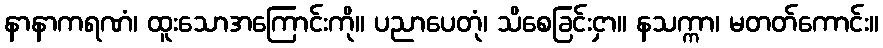
နာနာကရဏံ၊ ထူးသောအကြောင်းကို။ ပညာပေတုံ၊ သိစေခြင်းငှာ။ နသက္ကာ၊ မတတ်ကောင်း။